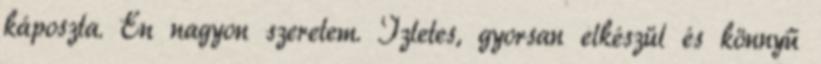
káposzta. Én nagyon szeretem. Ízletes, gyorsan elkészül és könnyű